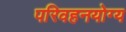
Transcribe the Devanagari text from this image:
परिवहनयोग्य